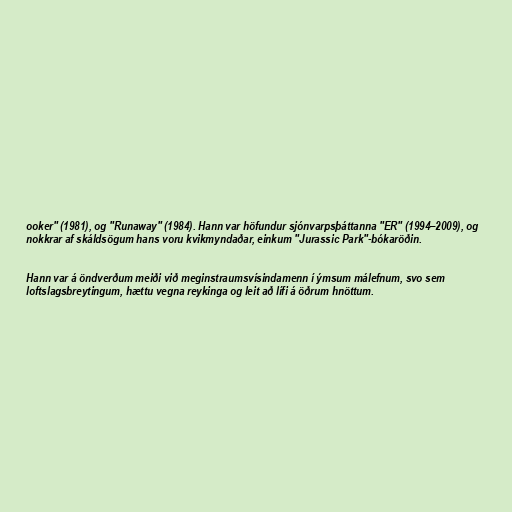
ooker" (1981), og "Runaway" (1984). Hann var höfundur sjónvarpsþáttanna "ER" (1994–2009), og
nokkrar af skáldsögum hans voru kvikmyndaðar, einkum "Jurassic Park"-bókaröðin.

Hann var á öndverðum meiði við meginstraumsvísindamenn í ýmsum málefnum, svo sem
loftslagsbreytingum, hættu vegna reykinga og leit að lífi á öðrum hnöttum.